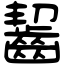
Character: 齧